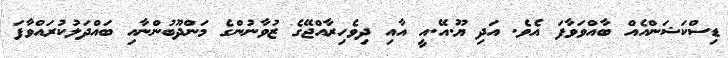
ޑިސްކަޝަންއެއް ބާއްވަވާފަ އެވެ. އަދި ޔޫ.އޭ.އީ އާއި ދިވެހިރާއްޖޭގެ ޒުވާނުންގެ މަންދޫބުންނާއި ބައްދަލުކުރައްވާފަ